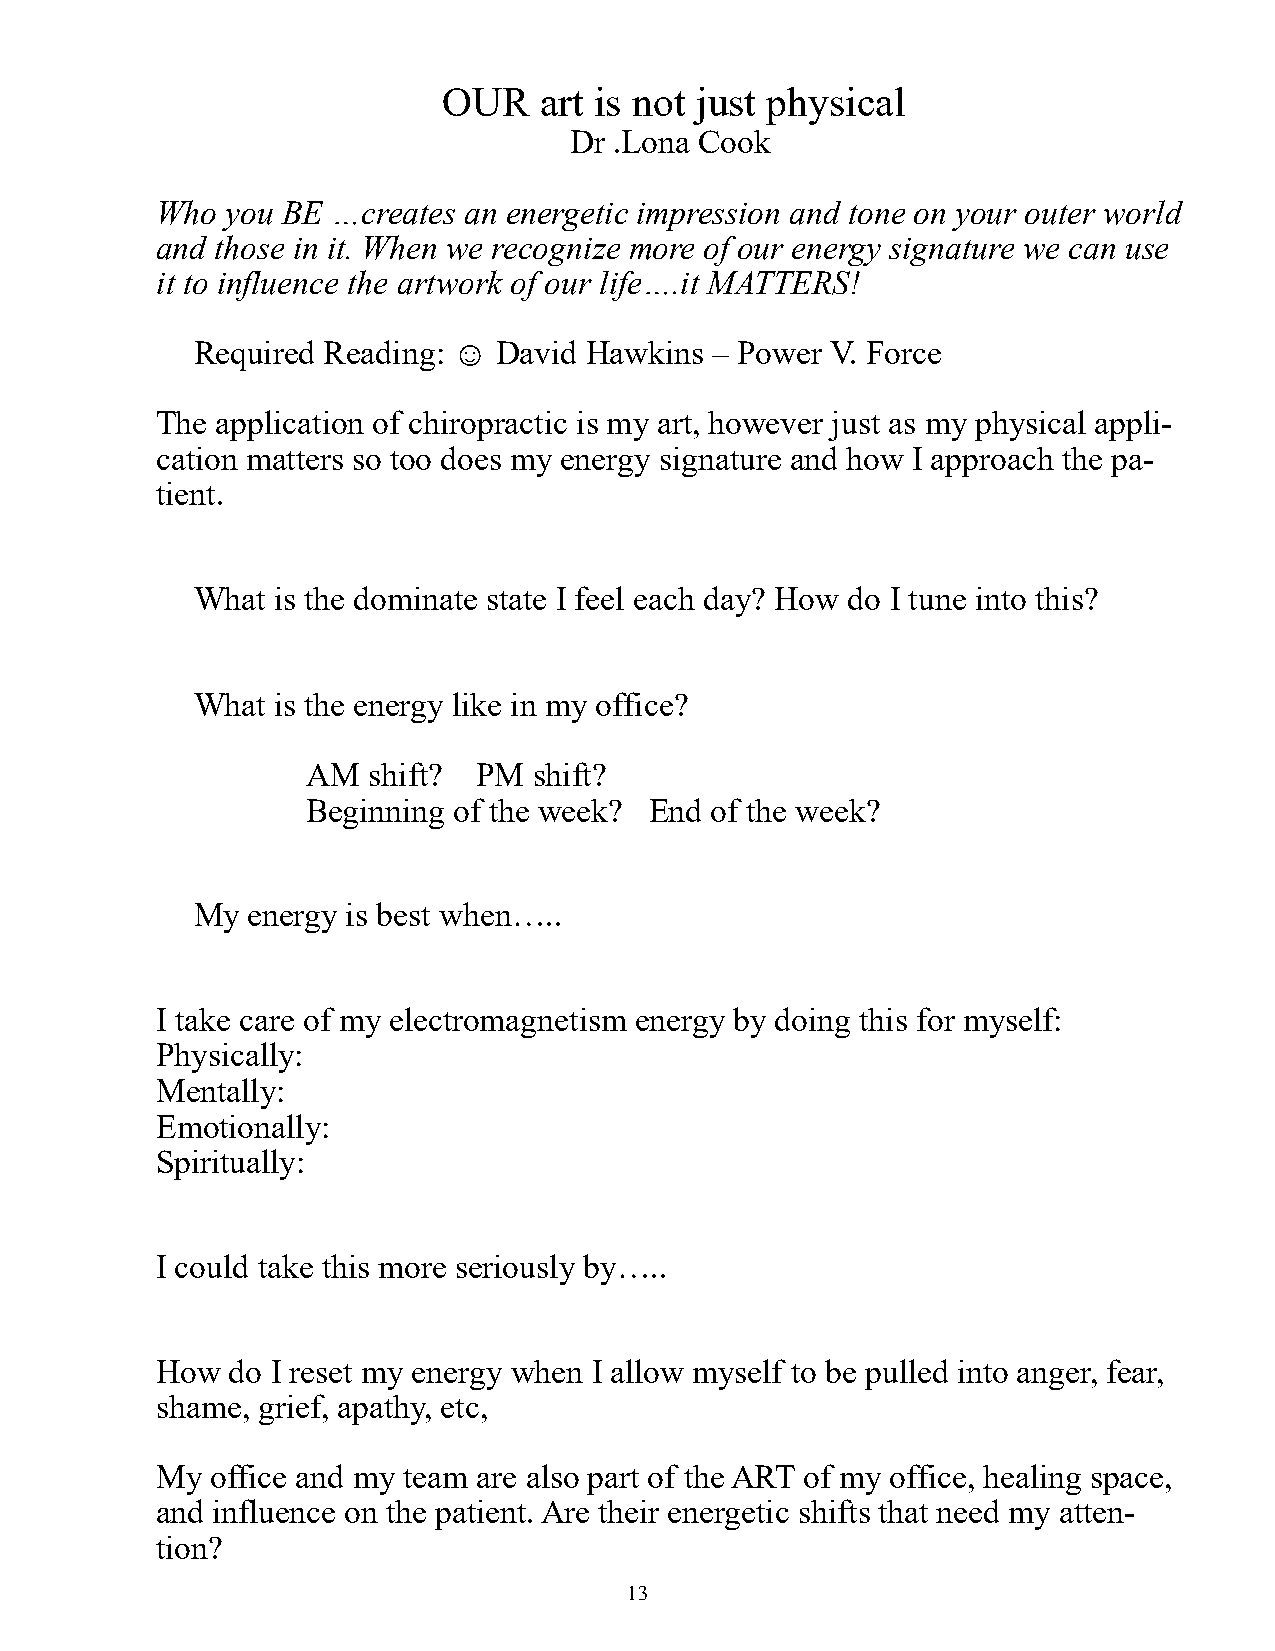
OUR    art is not just physical
 Dr .Lona Cook
 Who  you BE …creates an energetic impression and tone on your outer world
 and those in it. When we recognize more of our energy signature we can use
 it to influence the artwork of our life….it MATTERS!
 Required Reading: ☺ David Hawkins – Power V. Force
 The application of chiropractic is my art, however just as my physical appli-
 cation matters so too does my energy signature and how I approach the pa-
 tient.
 What is the dominate state I feel each day? How do I tune into this?
 What is the energy like in my office?
 AM  shift? PM  shift?
 Beginning of the week? End of the week?
 My energy is best when…..
 I take care of my electromagnetism energy by doing this for myself:
 Physically:
 Mentally:
 Emotionally:
 Spiritually:
 I could take this more seriously by…..
 How  do I reset my energy when I allow myself to be pulled into anger, fear,
 shame, grief, apathy, etc,
 My  office and my team are also part of the ART of my office, healing space,
 and influence on the patient. Are their energetic shifts that need my atten-
 tion?
 13